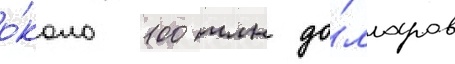
о́коло 100 млн до́лларов